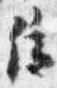
端